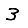
Digit: 3